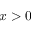
x > 0